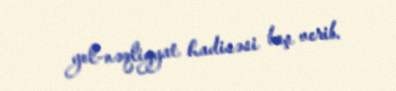
yol-nəqliyyat hadisəsi baş verib.